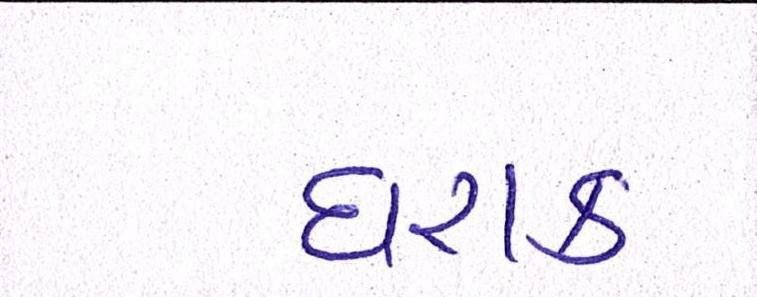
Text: ઘરાક